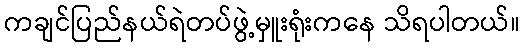
ကချင်ပြည်နယ်ရဲတပ်ဖွဲ့မှူးရုံးကနေ သိရပါတယ်။